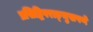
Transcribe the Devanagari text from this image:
प्रसिद्धिपराङ्‌मुखपणे